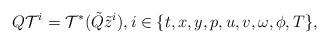
LaTeX: \begin{align*} Q\mathcal T^i = \mathcal T^*(\tilde Q\tilde z^i),i\in\{t,x,y,p,u,v,\omega,\phi,T\},\end{align*}